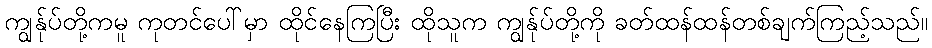
ကျွန်ုပ်တို့ကမူ ကုတင်ပေါ်မှာ ထိုင်နေကြပြီး ထိုသူက ကျွန်ုပ်တို့ကို ခတ်ထန်ထန်တစ်ချက်ကြည့်သည်။